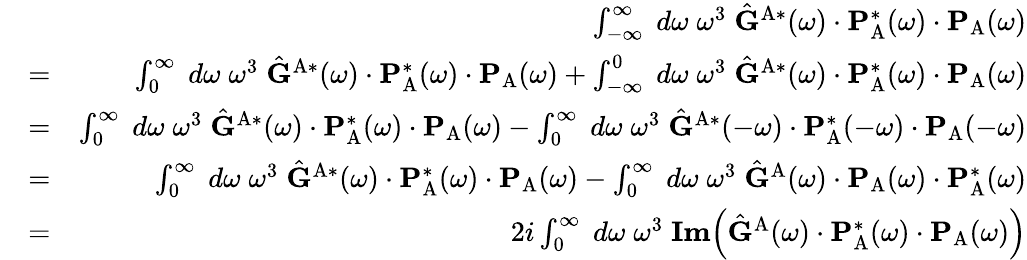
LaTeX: \begin{array}{rlr}&{}&{\int_{-\infty}^{\infty}\; d\omega\; \omega^{3}\; \hat{\mathbf{G}}^{\mathrm{A}*}(\omega)\cdot\mathbf{P}_{\mathrm{A}}^{*}(\omega)\cdot\mathbf{P}_{\mathrm{A}}(\omega)}\\ &{=}&{\int_{0}^{\infty}\; d\omega\; \omega^{3}\; \hat{\mathbf{G}}^{\mathrm{A}*}(\omega)\cdot\mathbf{P}_{\mathrm{A}}^{*}(\omega)\cdot\mathbf{P}_{\mathrm{A}}(\omega)+\int_{-\infty}^{0}\; d\omega\; \omega^{3}\; \hat{\mathbf{G}}^{\mathrm{A}*}(\omega)\cdot\mathbf{P}_{\mathrm{A}}^{*}(\omega)\cdot\mathbf{P}_{\mathrm{A}}(\omega)}\\ &{=}&{\int_{0}^{\infty}\; d\omega\; \omega^{3}\; \hat{\mathbf{G}}^{\mathrm{A}*}(\omega)\cdot\mathbf{P}_{\mathrm{A}}^{*}(\omega)\cdot\mathbf{P}_{\mathrm{A}}(\omega)-\int_{0}^{\infty}\; d\omega\; \omega^{3}\; \hat{\mathbf{G}}^{\mathrm{A}*}(-\omega)\cdot\mathbf{P}_{\mathrm{A}}^{*}(-\omega)\cdot\mathbf{P}_{\mathrm{A}}(-\omega)}\\ &{=}&{\int_{0}^{\infty}\; d\omega\; \omega^{3}\; \hat{\mathbf{G}}^{\mathrm{A}*}(\omega)\cdot\mathbf{P}_{\mathrm{A}}^{*}(\omega)\cdot\mathbf{P}_{\mathrm{A}}(\omega)-\int_{0}^{\infty}\; d\omega\; \omega^{3}\; \hat{\mathbf{G}}^{\mathrm{A}}(\omega)\cdot\mathbf{P}_{\mathrm{A}}(\omega)\cdot\mathbf{P}_{\mathrm{A}}^{*}(\omega)}\\ &{=}&{2i\int_{0}^{\infty}\; d\omega\; \omega^{3}\; \textbf{Im}\Big(\hat{\mathbf{G}}^{\mathrm{A}}(\omega)\cdot\mathbf{P}_{\mathrm{A}}^{*}(\omega)\cdot\mathbf{P}_{\mathrm{A}}(\omega)\Big)}\end{array}